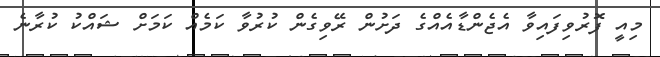
މިއީ ފޮރުވިފައިވާ އެޖެންޑާއެއްގެ ދަށުން ރޭވިގެން ކުރުވާ ކަމެއް ކަމަށް ޝައްކު ކުރާނެ